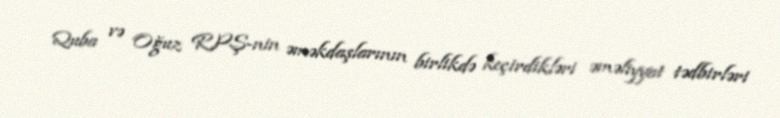
Quba və Oğuz RPŞ-nin əməkdaşlarının birlikdə keçirdikləri əməliyyat tədbirləri